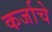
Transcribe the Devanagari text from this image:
कर्जाचे